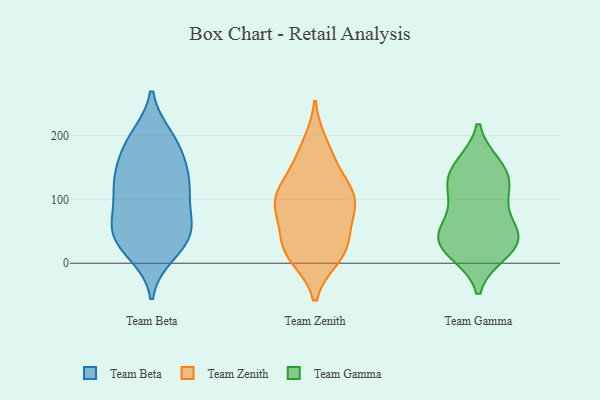
{"axis": {"x": "Inventory Turnover", "y": "Value"}, "legend": ["Team Beta", "Team Gamma", "Team Zenith"], "data": [{"x": "", "y": 155, "type": "Team Beta"}, {"x": "", "y": 24, "type": "Team Beta"}, {"x": "", "y": 187, "type": "Team Beta"}, {"x": "", "y": 47, "type": "Team Beta"}, {"x": "", "y": 198, "type": "Team Beta"}, {"x": "", "y": 32, "type": "Team Beta"}, {"x": "", "y": 123, "type": "Team Beta"}, {"x": "", "y": 88, "type": "Team Beta"}, {"x": "", "y": 55, "type": "Team Beta"}, {"x": "", "y": 118, "type": "Team Beta"}, {"x": "", "y": 126, "type": "Team Beta"}, {"x": "", "y": 116, "type": "Team Beta"}, {"x": "", "y": 65, "type": "Team Beta"}, {"x": "", "y": 44, "type": "Team Beta"}, {"x": "", "y": 15, "type": "Team Beta"}, {"x": "", "y": 137, "type": "Team Beta"}, {"x": "", "y": 196, "type": "Team Beta"}, {"x": "", "y": 171, "type": "Team Beta"}, {"x": "", "y": 65, "type": "Team Beta"}, {"x": "", "y": 44, "type": "Team Zenith"}, {"x": "", "y": 11, "type": "Team Zenith"}, {"x": "", "y": 164, "type": "Team Zenith"}, {"x": "", "y": 185, "type": "Team Zenith"}, {"x": "", "y": 17, "type": "Team Zenith"}, {"x": "", "y": 98, "type": "Team Zenith"}, {"x": "", "y": 95, "type": "Team Zenith"}, {"x": "", "y": 103, "type": "Team Zenith"}, {"x": "", "y": 19, "type": "Team Zenith"}, {"x": "", "y": 138, "type": "Team Zenith"}, {"x": "", "y": 72, "type": "Team Zenith"}, {"x": "", "y": 105, "type": "Team Zenith"}, {"x": "", "y": 27, "type": "Team Zenith"}, {"x": "", "y": 100, "type": "Team Zenith"}, {"x": "", "y": 153, "type": "Team Gamma"}, {"x": "", "y": 22, "type": "Team Gamma"}, {"x": "", "y": 148, "type": "Team Gamma"}, {"x": "", "y": 17, "type": "Team Gamma"}, {"x": "", "y": 122, "type": "Team Gamma"}, {"x": "", "y": 46, "type": "Team Gamma"}, {"x": "", "y": 54, "type": "Team Gamma"}, {"x": "", "y": 41, "type": "Team Gamma"}, {"x": "", "y": 142, "type": "Team Gamma"}, {"x": "", "y": 48, "type": "Team Gamma"}, {"x": "", "y": 105, "type": "Team Gamma"}, {"x": "", "y": 103, "type": "Team Gamma"}, {"x": "", "y": 26, "type": "Team Gamma"}]}